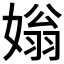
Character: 𡟸